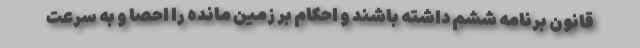
قانون برنامه ششم داشته باشند و احکام بر زمین مانده را احصا و به سرعت